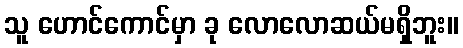
သူ ဟောင်ကောင်မှာ ခု လောလောဆယ်မရှိဘူး။